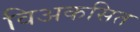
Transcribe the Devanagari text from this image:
विअकसित